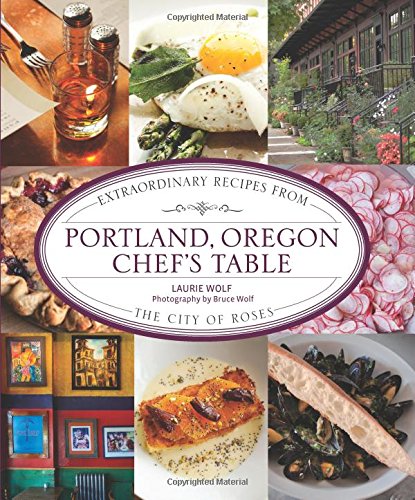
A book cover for Portland, Oregon Chef's Table: Extraordinary Recipes From The City Of Roses; Laurie Wolf; Cookbooks, Food & Wine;